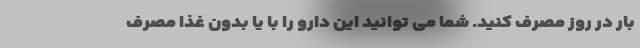
بار در روز مصرف کنید. شما می توانید این دارو را با یا بدون غذا مصرف